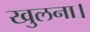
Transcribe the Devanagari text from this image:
खुलना।